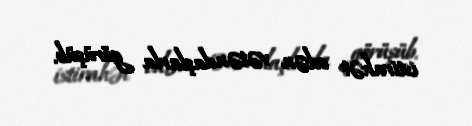
istirahət edən vətəndaşlarla görüşüb.